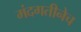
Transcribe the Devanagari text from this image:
मंदगतीनेच